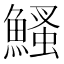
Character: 鰠